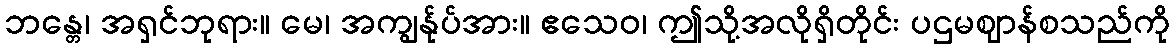
ဘန္တေ၊ အရှင်ဘုရား။ မေ၊ အကျွန်ုပ်အား။ ဧသေဝ၊ ဤသို့အလိုရှိတိုင်း ပဌမဈာန်စသည်ကို